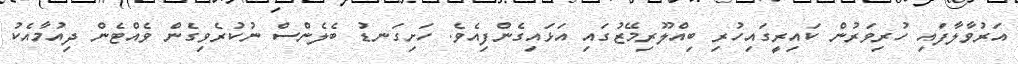
އަރުވާލާފައި ހުރިވަރުން ކައިރީގައިހުރި ބިއްލޫރިމޭޒުގައި އަޅައިގެންފިއެވެ. ހަށިގަނޑު ބެލެންސް ނުކުރެވިގެން ވެއްޓެން ދިއުމާއެކު